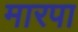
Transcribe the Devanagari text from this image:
मारपा